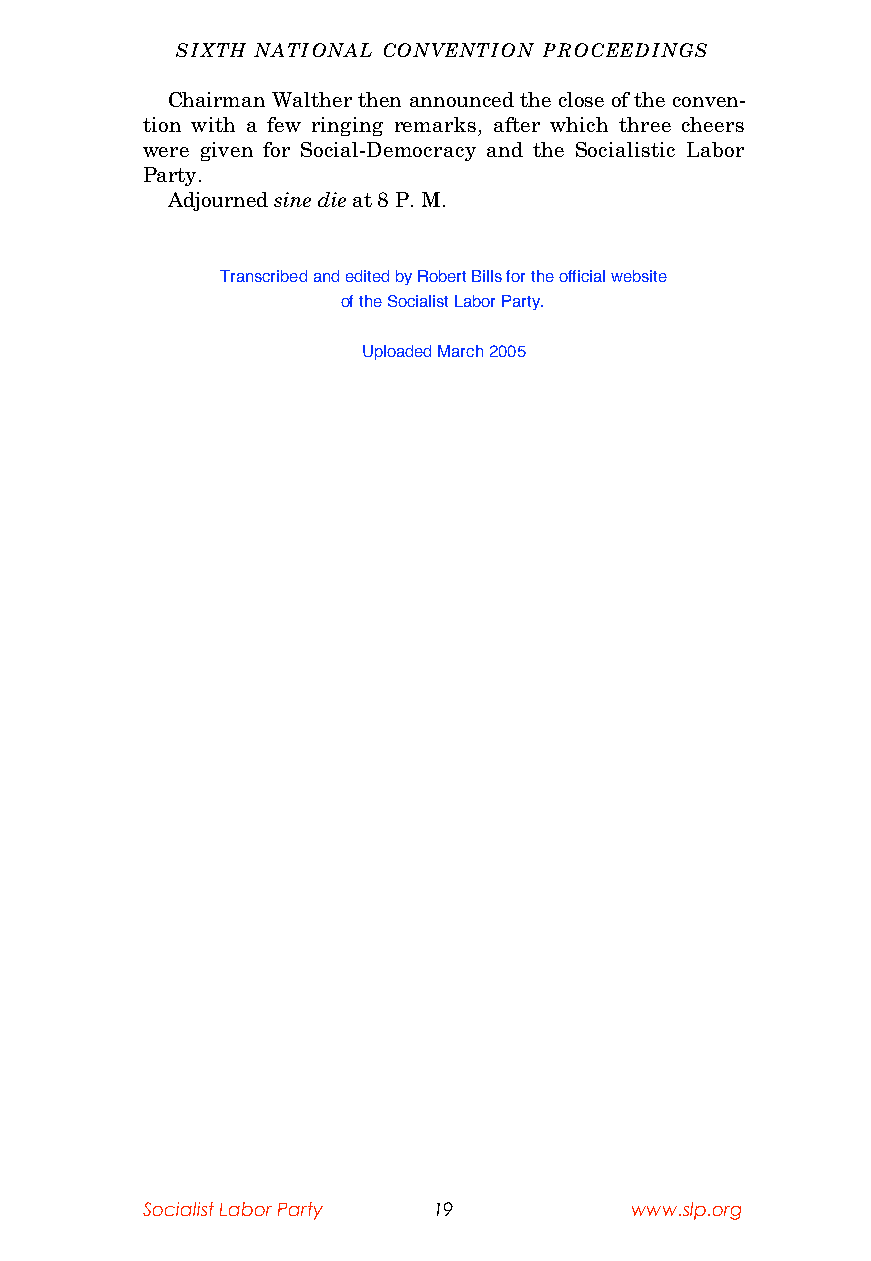
SIXTH NATIONAL CONVENTION PROCEEDINGS
 Chairman Walther then announced the close of the conven-
 tion with a few ringing remarks, after which three cheers
 were given for Social-Democracy and the Socialistic Labor
 Party.
 Adjourned sine die at 8 P. M.
 Transcribed and edited by Robert Bills for the official website
 of the Socialist Labor Party.
 Uploaded March 2005
 Socialist Labor Party 19         www.slp.org